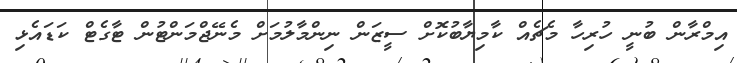
އިމްރާން ބުނީ ހުރިހާ މެޗެއް ކާމިޔާބުކޮށް ސީޒަން ނިންމާލުމަށް މެނޭޖްމަންޓުން ޓާގެޓް ކަޑައެޅި